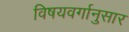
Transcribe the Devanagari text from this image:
विषयवर्गानुसार